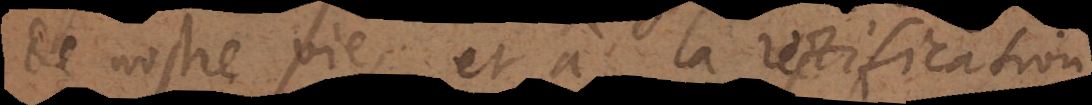
de nostre vie et à la rectification